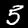
Digit: 5